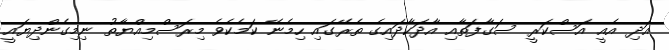
އަދި އެއީ އަސްކަރީ ސަގާފަތާއި އާދަކާދައިގެ ތެރޭގައި ހިމެނޭ ކަމެކެވެ މިރަސްމިއްޔާތު ނިމިގެންދިޔައީ